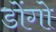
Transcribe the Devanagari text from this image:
डोंगो